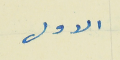
الاول